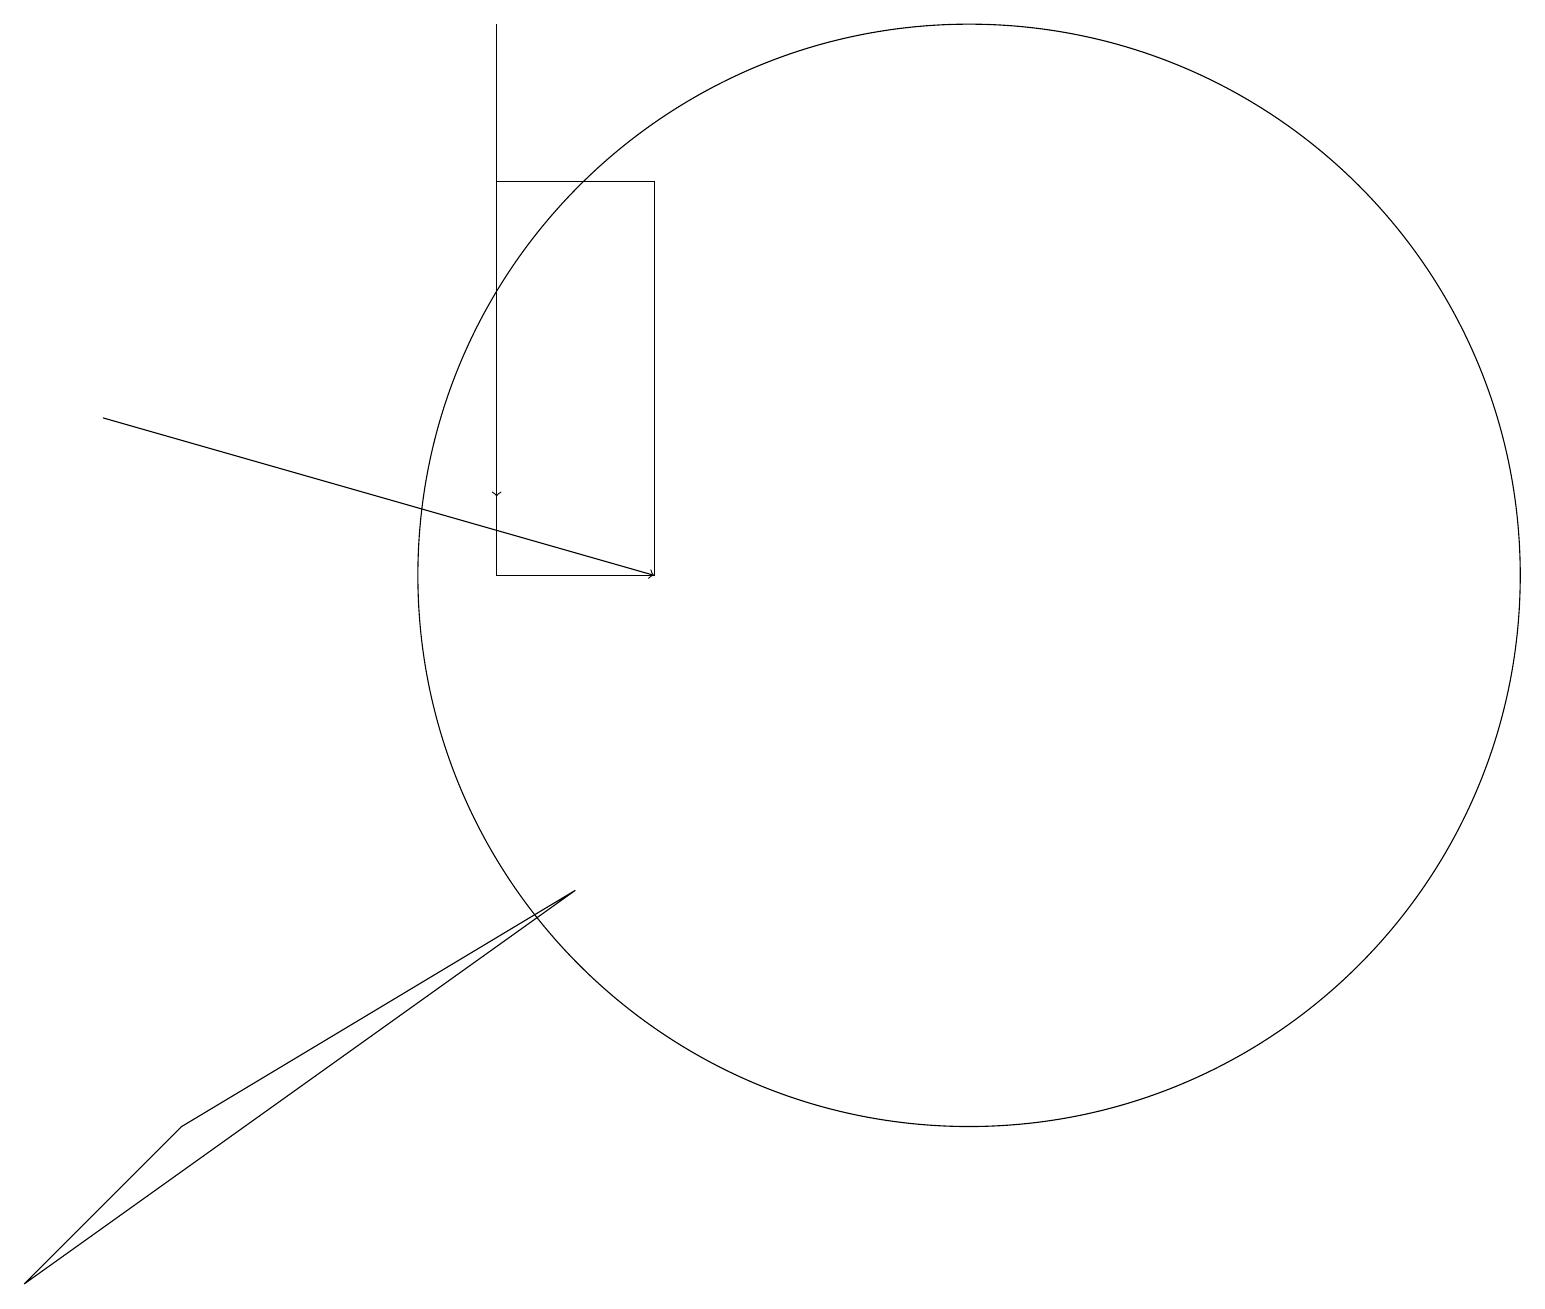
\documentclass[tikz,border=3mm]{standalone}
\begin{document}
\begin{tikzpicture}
\draw (12,11) circle (7);
\draw (11,11) circle (0);
\draw (6,11) rectangle (8,16);
\draw[->] (1,13) -- (8,11);
\draw (0,2) -- (2,4) -- (7,7) -- cycle;
\draw[->] (6,18) -- (6,12);
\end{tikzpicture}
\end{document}